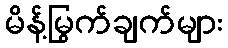
မိန့်မြွက်ချက်များ